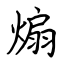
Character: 煽